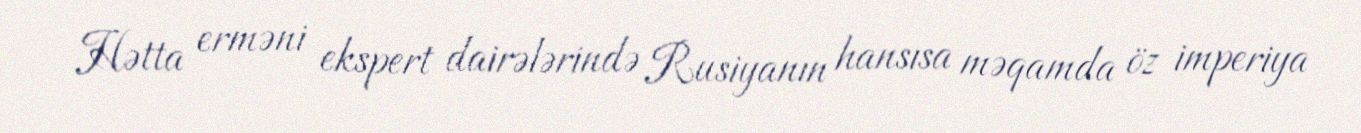
Hətta erməni ekspert dairələrində Rusiyanın hansısa məqamda öz imperiya